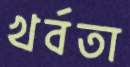
খর্বতা